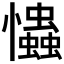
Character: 𢥞